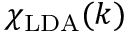
\chi _ { \mathrm { L D A } } ( k )